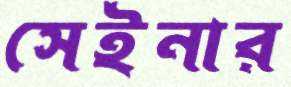
সেইনার